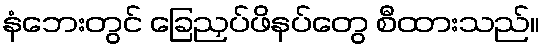
နံဘေးတွင် ခြေညှပ်ဖိနပ်တွေ စီထားသည်။